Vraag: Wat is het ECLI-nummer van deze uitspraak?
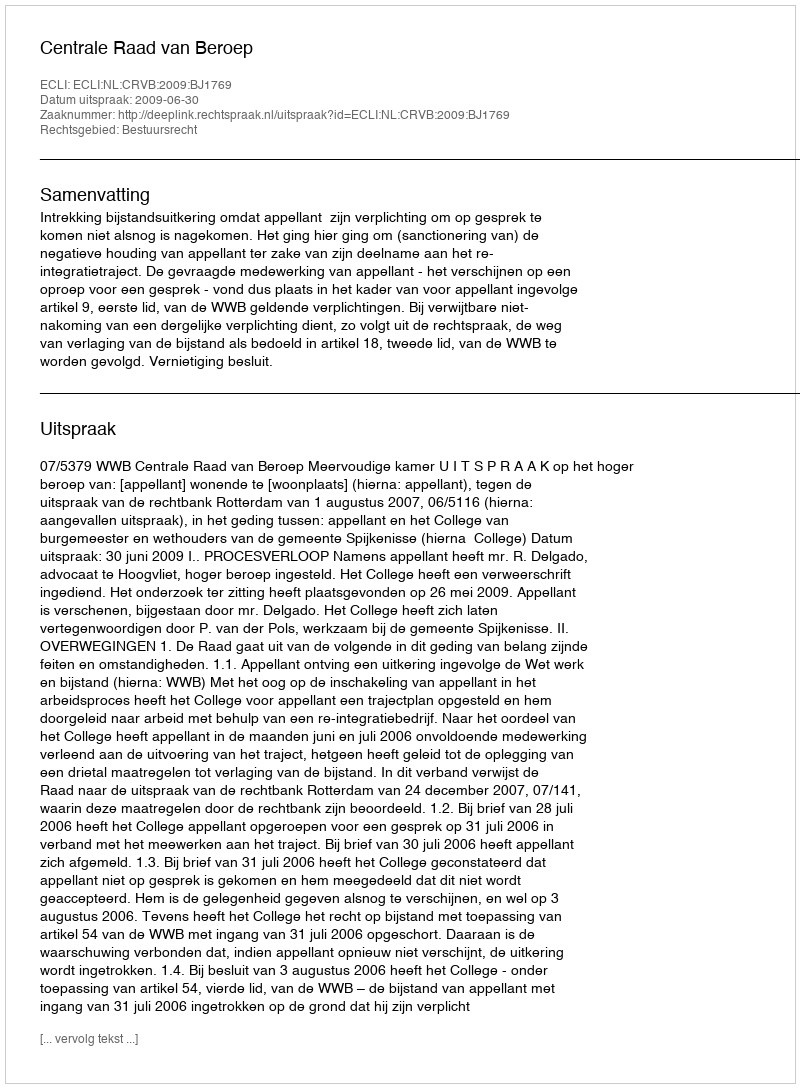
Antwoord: ECLI:NL:CRVB:2009:BJ1769